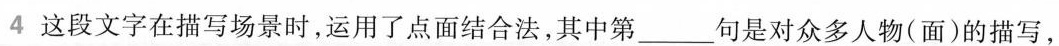
4 这段文字在描写场景时，运用了点面结合法，其中第____句是对众多人物(面)的描写，